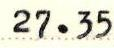
27.35